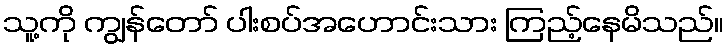
သူ့ကို ကျွန်တော် ပါးစပ်အဟောင်းသား ကြည့်နေမိသည်။